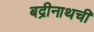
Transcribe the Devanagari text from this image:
बद्रीनाथची